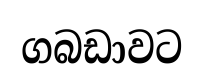
ගබඩාවට